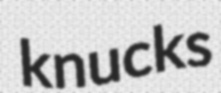
knucks